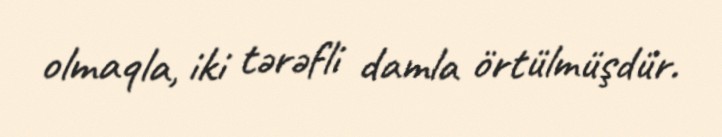
olmaqla, iki tərəfli damla örtülmüşdür.